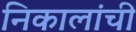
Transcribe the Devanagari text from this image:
निकालांची